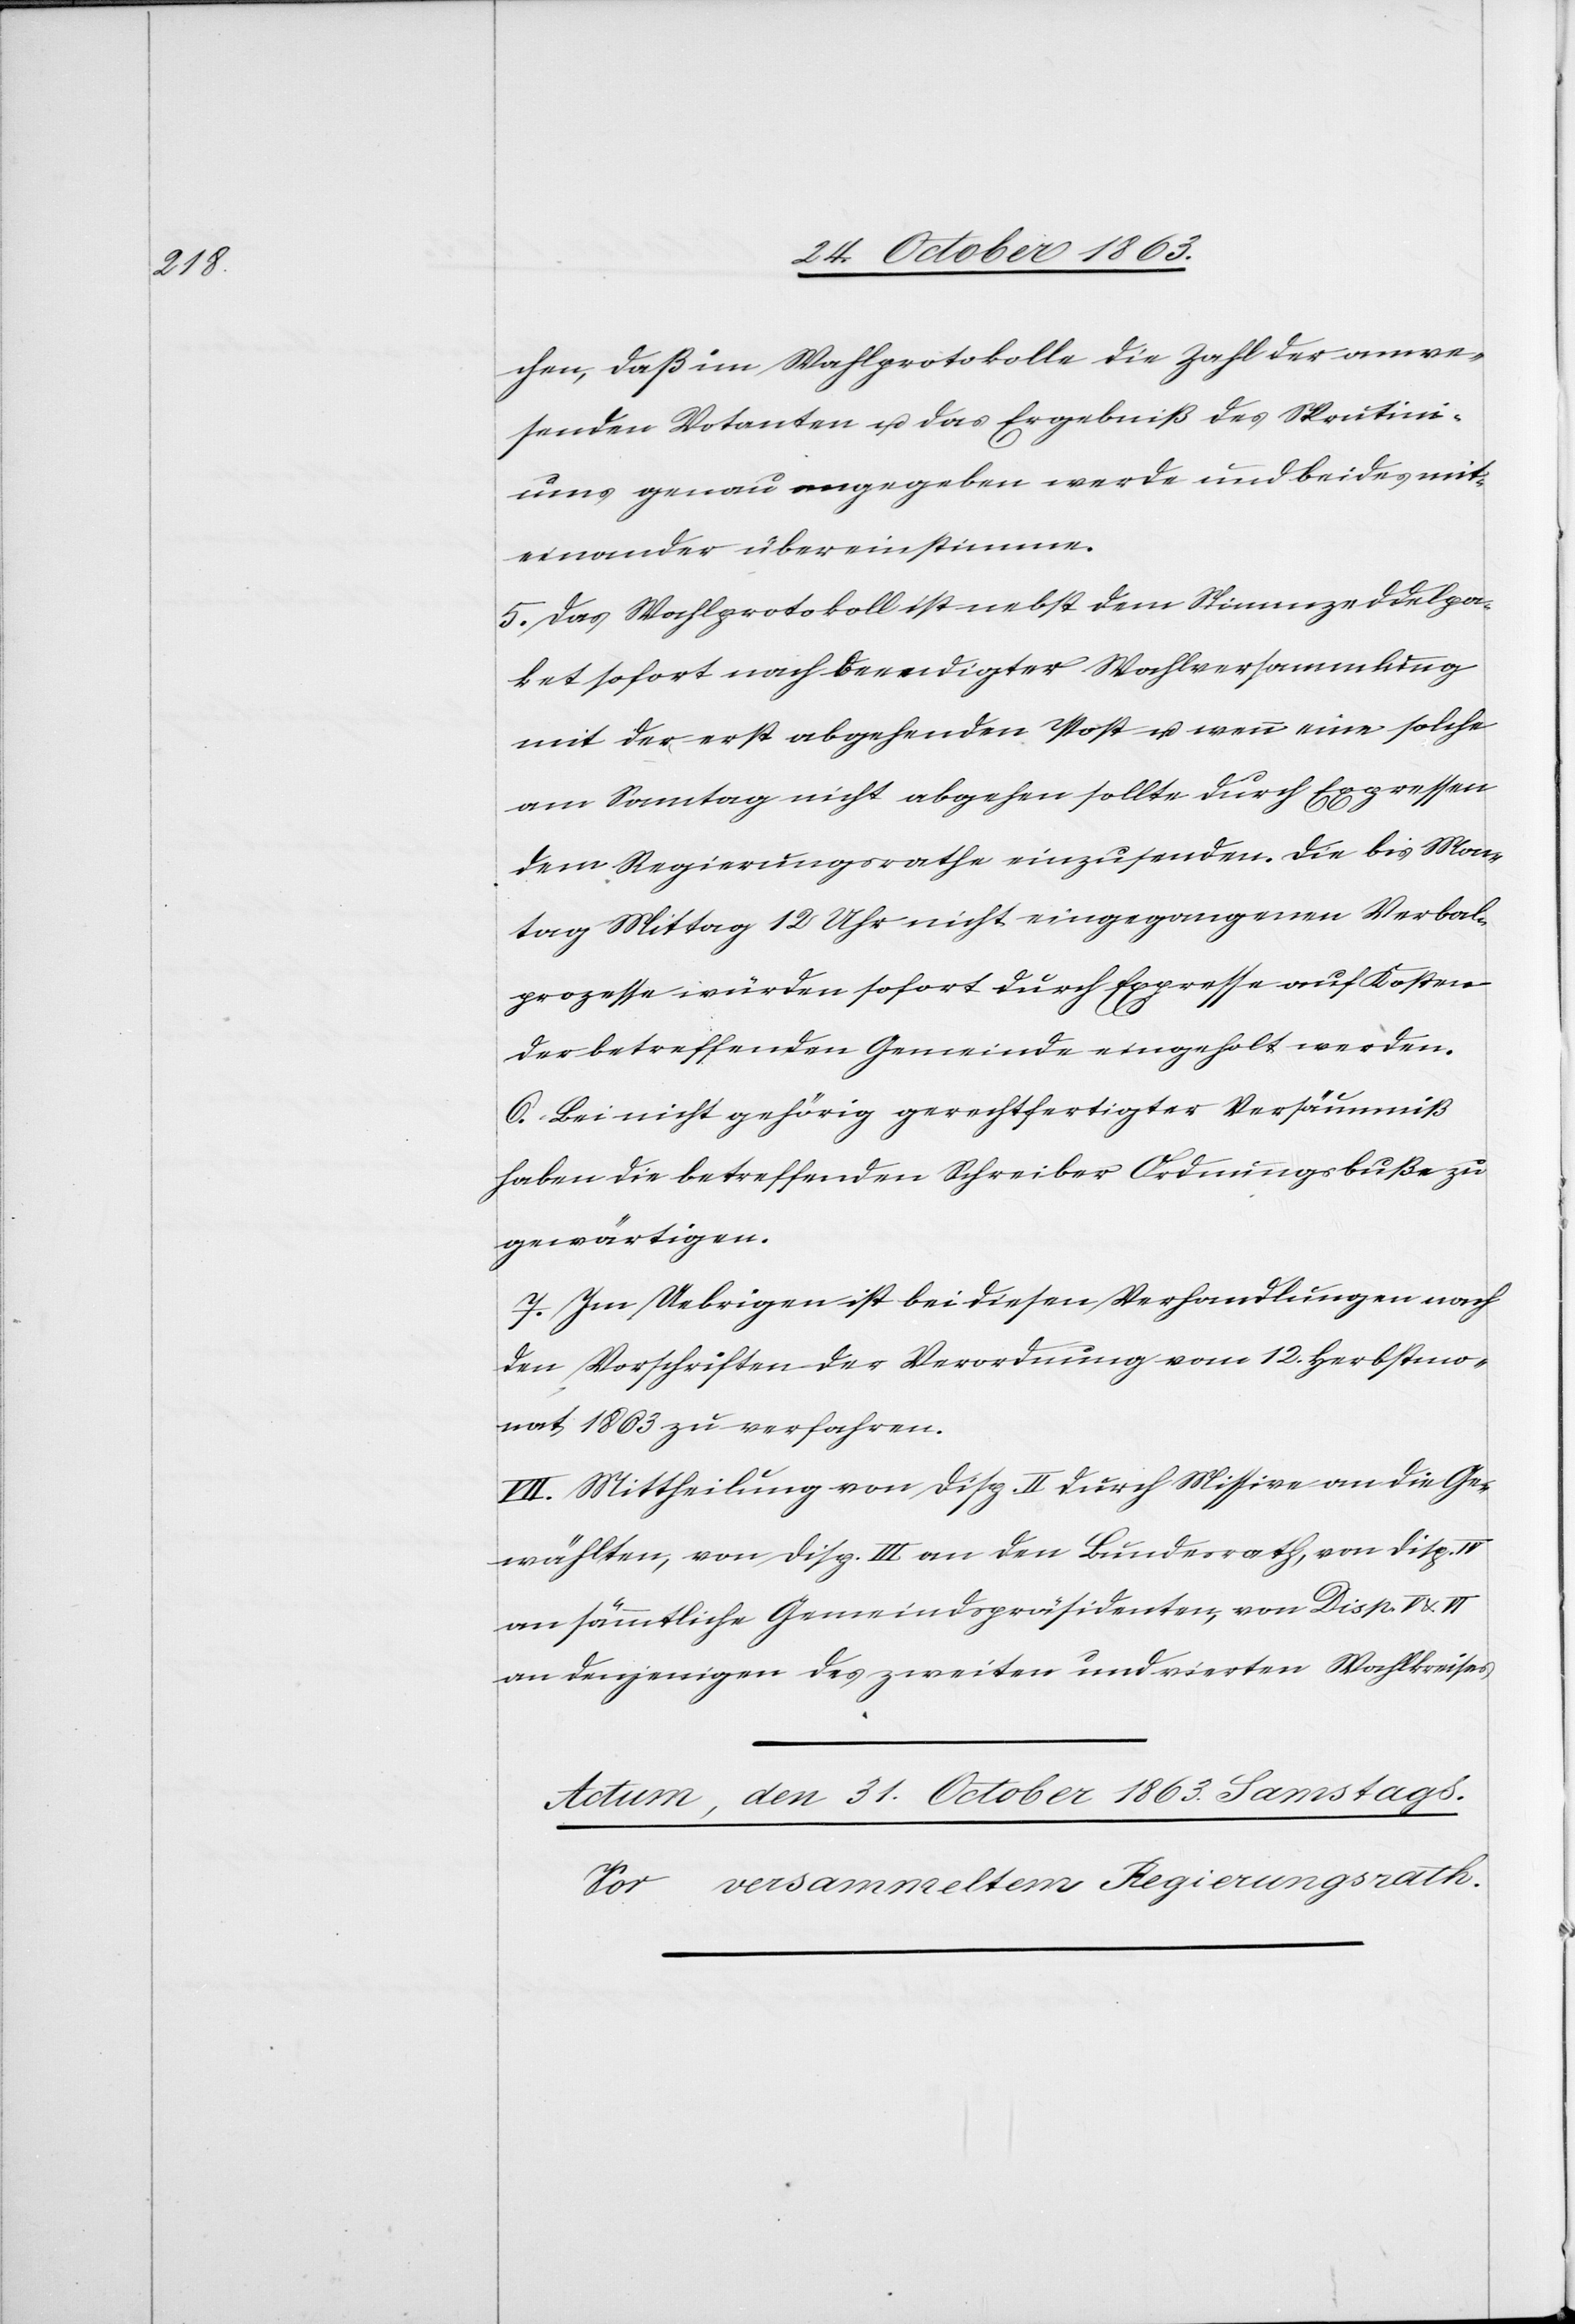
chen, daß im Wahlprotokolle die Zahl der anwe¬
senden Votanten u. das Ergebniß des Skrutini¬
ums genau angegeben werde und beides mit¬
einander übereinstimme.
5. Das Wahlprotokoll ist nebst dem Stimmzeddelpa¬
ket sofort nach beendigter Wahlversammlung
mit der erst abgehenden Post u. wenn eine solche
am Sonntag nicht abgehen sollte durch Expressen
dem Regierungsrathe einzusenden. Die bis Mon¬
tag Mittag 12 Uhr nicht eingegangenen Verbal¬
prozesse würden sofort durch Expresse auf Kosten
der betreffenden Gemeinde eingeholt werden.
6. Bei nicht gehörig gerechtfertigter Versäumniß
haben die betreffenden Schreiber Ordnungsbuße zu
gewärtigen.
7. Im Uebrigen ist bei diesen Verhandlungen nach
den Vorschriften der Verordnung vom 12. Herbstmo¬
nat 1863 zu verfahren.
VII. Mittheilung an Disp. II durch Missive an die Ge¬
wählten, von Disp. III an den Bundesrath, von Disp. IV
an sämmtliche Gemeindspräsidenten, von Disp. V & VI
an denjenigen des zweiten und vierten Wahlkreises.